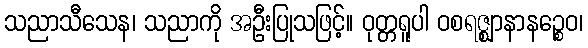
သညာသီသေန၊ သညာကို အဦးပြုသဖြင့်။ ဝုတ္တရူပါ ဝစရဇ္ဈာနာနဉ္စေဝ၊